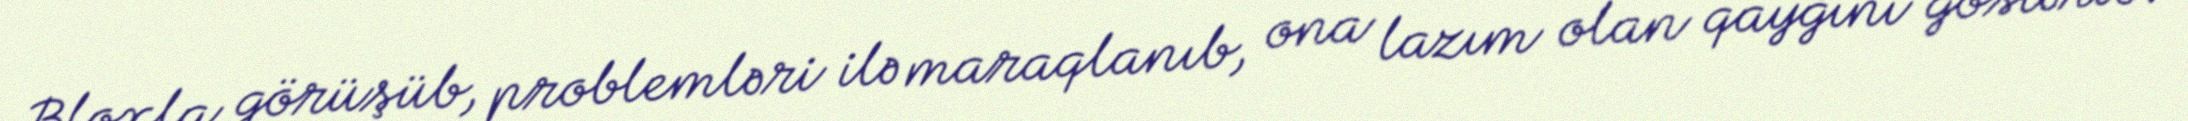
Bloxla görüşüb, problemləri ilə maraqlanıb, ona lazım olan qayğını göstərib.